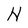
Character: H